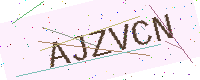
Text: AJZVCN